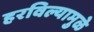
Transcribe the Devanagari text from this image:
हरविल्यामुळे